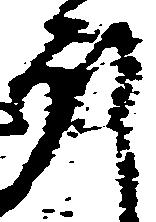
殿